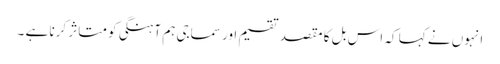
انہوں نے کہا کہ اس بل کا مقصد تقسیم اور سماجی ہم آہنگی کو متاثر کرنا ہے ۔